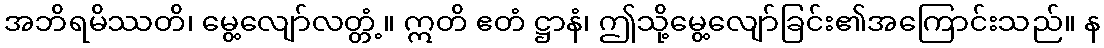
အဘိရမိဿတိ၊ မွေ့လျော်လတ္တံ့။ ဣတိ ဧတံ ဋ္ဌာနံ၊ ဤသို့မွေ့လျော်ခြင်း၏အကြောင်းသည်။ န